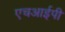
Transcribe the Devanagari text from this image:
एचआईपी